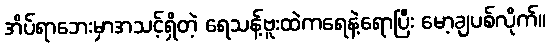
အိပ်ရာဘေးမှာအသင့်ရှိတဲ့ ရေသန့်ဗူးထဲကရေနဲ့ရောပြီး မော့ချပစ်လိုက်။